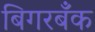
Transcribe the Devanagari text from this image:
बिगरबँक